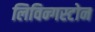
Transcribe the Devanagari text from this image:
लिविन्गस्टोन